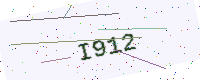
Text: I912